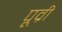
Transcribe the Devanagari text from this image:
पूव्री